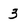
Character: 3